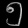
Digit: ၅